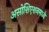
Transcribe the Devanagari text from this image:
असोशिएशनमध्ये